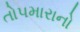
તોપમારાનો